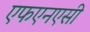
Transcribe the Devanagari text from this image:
एफएनएसी